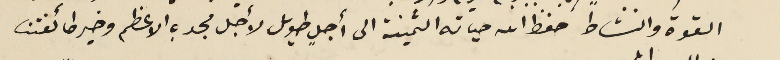
القوة والنشاط حفظ الله حياته الثمينة الى أجلٍ طويل لأجل مجدهِ الاعظم وخير طائفتنا